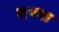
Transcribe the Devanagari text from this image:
गपश